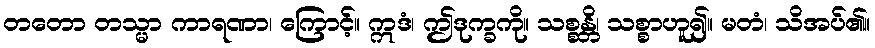
တတော တသ္မာ ကာရဏာ၊ ကြောင့်။ ဣဒံ၊ ဤဒုက္ခကို။ သစ္စန္တိ၊ သစ္စာဟူ၍။ မတံ၊ သိအပ်၏။